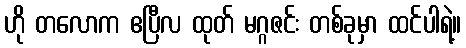
ဟို တလောက ဧပြီလ ထုတ် မဂ္ဂဇင်း တစ်ခုမှာ ထင်ပါရဲ့။